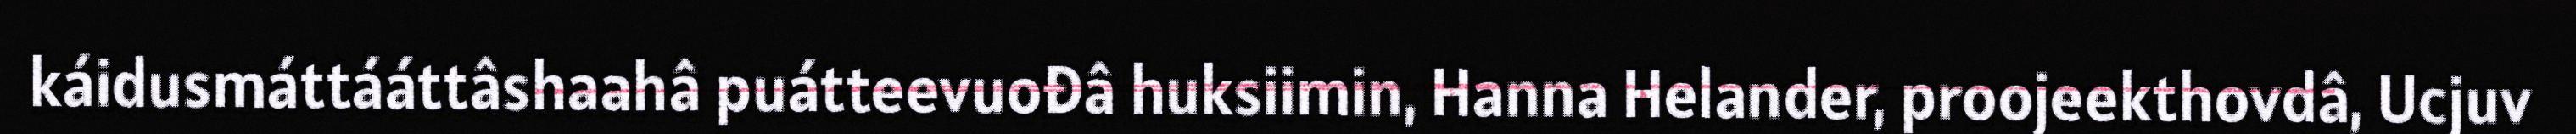
káidusmáttááttâshaahâ puátteevuođâ huksiimin, Hanna Helander, proojeekthovdâ, Ucjuv